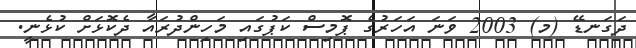
ދަގަނޑޭ (މ) 2003 ވަނަ އަހަރުގެ ޕޮމިސް ކަޕުގައި މަހިންދުރައާ ދެކޮޅަށް ކުޅެނީ.